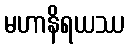
မဟာနိရယဿ